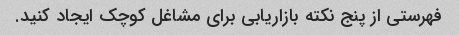
فهرستی از پنج نکته بازاریابی برای مشاغل کوچک ایجاد کنید.